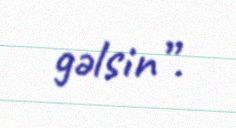
gəlsin”.